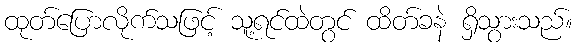
ထုတ်ပြောလိုက်သဖြင့် သူ့ရင်ထဲတွင် ထိတ်ခနဲ ရှိသွားသည်။